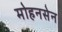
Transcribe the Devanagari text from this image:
मोहनसेन